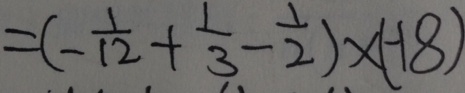
= ( - \frac { 1 } { 1 2 } + \frac { 1 } { 3 } - \frac { 1 } { 2 } ) \times ( - 1 8 )